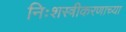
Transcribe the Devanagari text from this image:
निःशस्त्रीकरणाच्या